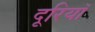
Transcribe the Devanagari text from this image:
दूरियॉ